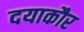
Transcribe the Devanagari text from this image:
दयाकौर